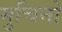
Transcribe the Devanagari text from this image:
मुचिनो